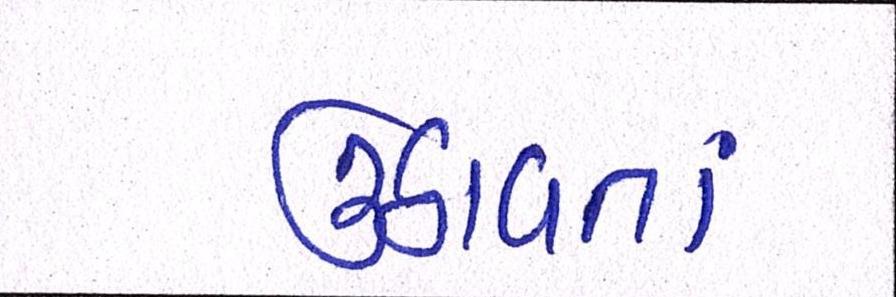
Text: ઉઠાવતાં